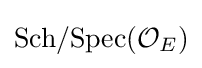
{\text{Sch}}/{\text{Spec}}({\mathcal {O}}_{E})